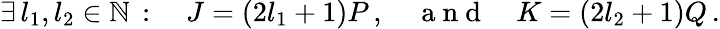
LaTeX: \exists\, l_{1},l_{2}\in\mathbb{N}\, :\quad J=(2l_{1}+1)P\, ,\quad\mathrm{~a~n~d~}\quad K=(2l_{2}+1)Q\, .